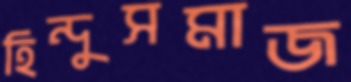
হিন্দুসমাজ